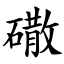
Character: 䃟